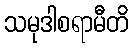
သမုဒါစရာမီတိ